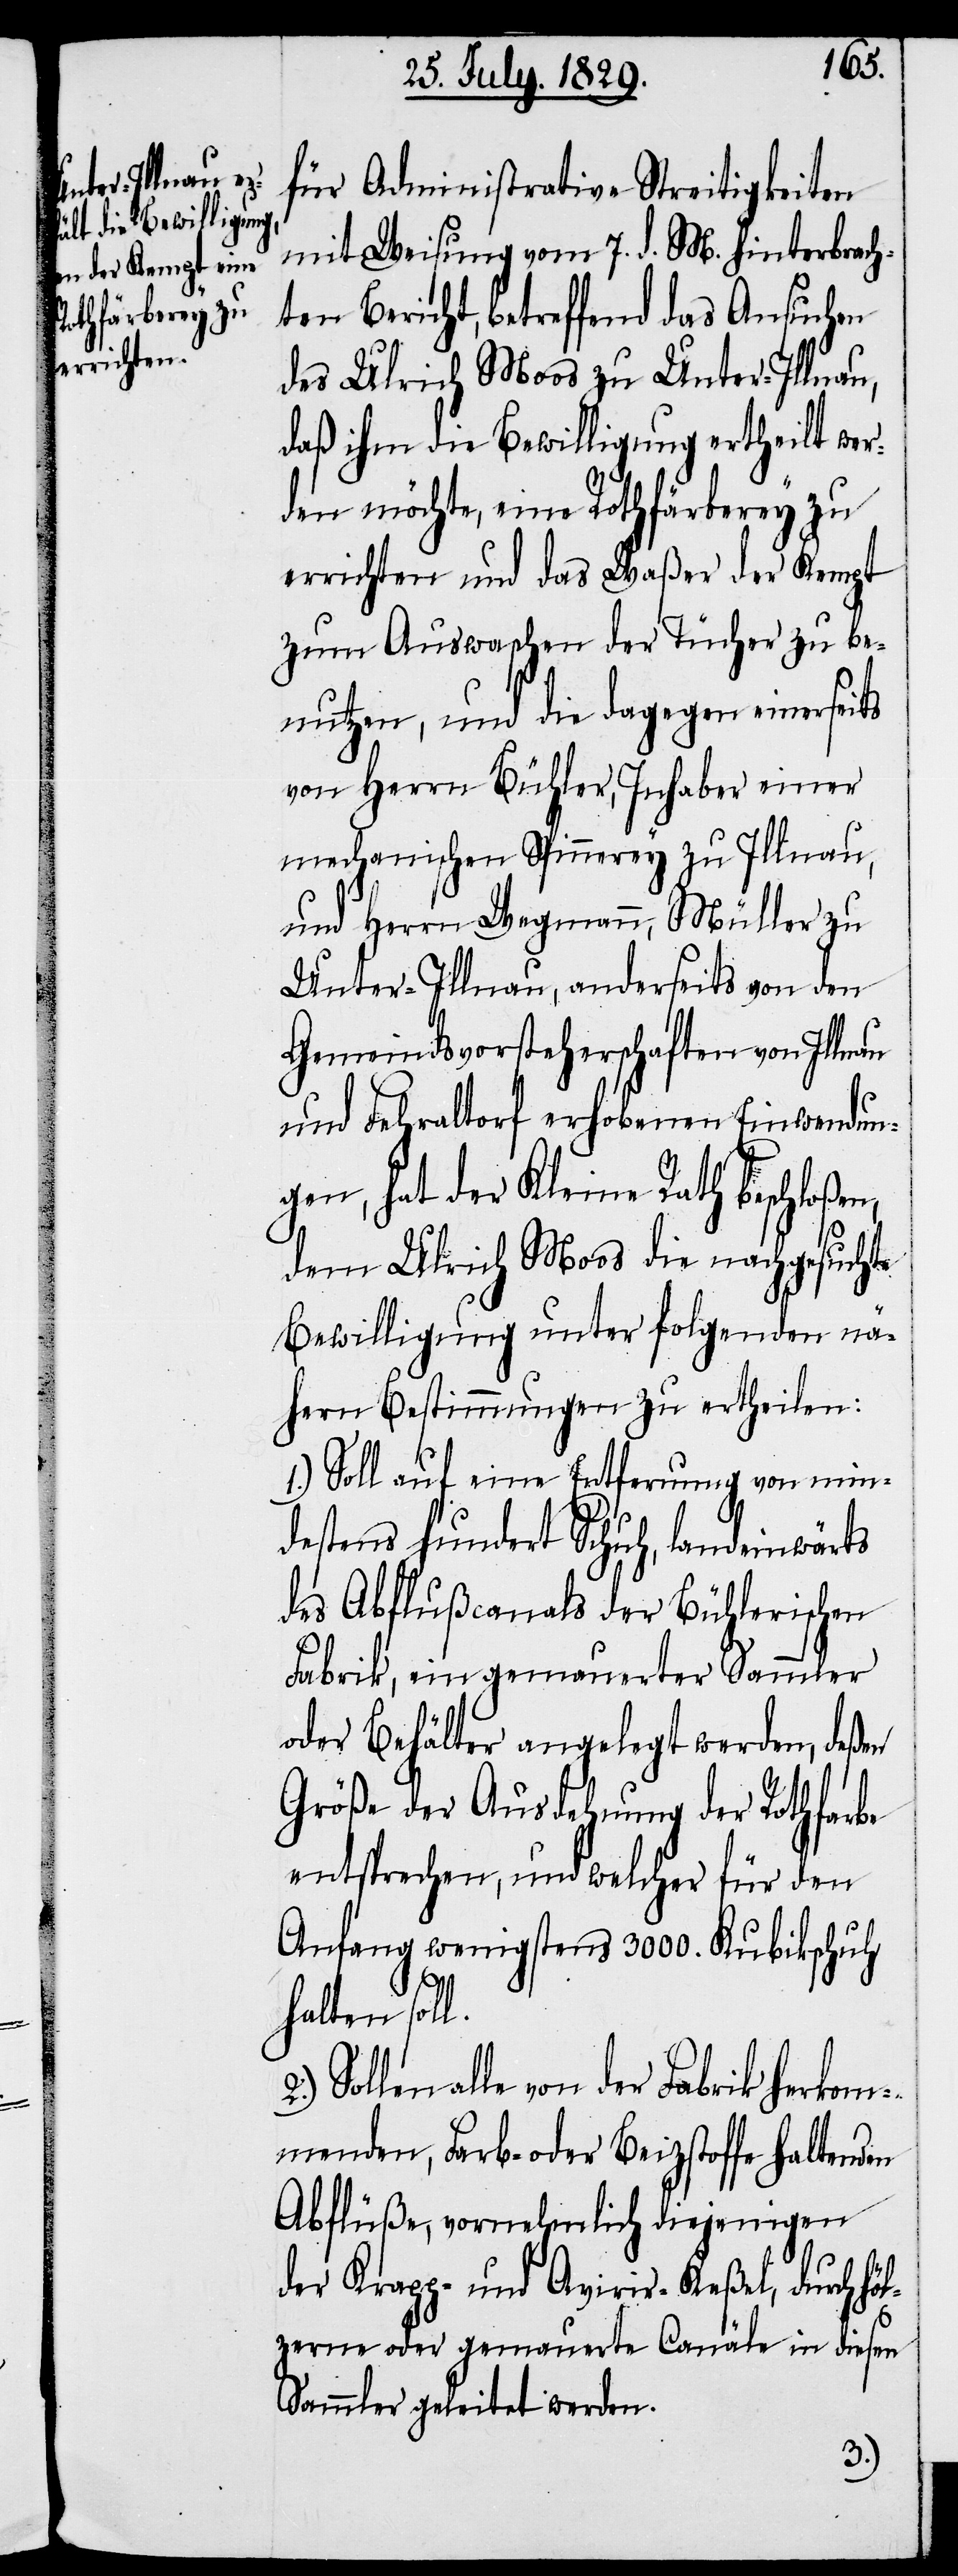
für Administrative Streitigkeiten
mit Weisung vom 7. d. M. hinterbrach¬
ten Bericht, betreffend das Ansuchen
des Ulrich Moos zu Unter-Illnau,
daß ihm die Bewilligung ertheilt wer¬
den möchte, eine Rothfärberey zu
errichten und das Waßer der Kempt
zum Auswaschen der Tücher zu be¬
nutzen, und die dagegen einerseits
von Herrn Bühler, Inhaber einer
mechanischen Spinnerey zu Illnau,
und Herrn Wegmann, Müller zu
Unter-Illnau, anderseits von den
Gemeindsvorsteherschaften von Illnau
und Fehraltorf erhobenen Einwendun¬
gen, hat der Kleine Rath beschloßen,
dem Ulrich Moos die nachgesuchte
Bewilligung unter folgenden nä¬
hern Bestimmungen zu ertheilen:
1.) Soll auf eine Entfernung von min¬
destens hundert Schuh, landeinwärts
des Abflußcanals der Bühlerischen
Fabrik, ein gemauerter Sammler
oder Behälter angelegt werden, deßen
Größe der Ausdehnung der Rothfarbe
entsprechen, und welcher für den
Anfang wenigstens 3000. Kubikschuh
halten soll.
Sollen alle von der Fabrik herkom¬
menden, Farb- oder Beizstoffe haltenden
Abflüße, vornehmlich diejenigen
der Krapp- und Avirir-Keßel, durch hö¬
lzerne oder gemauerte Canäle in diesen
Sammler geleitet werden.
2.)